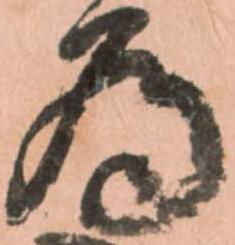
為